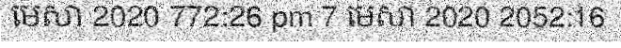
មេសា 2020 772:26 pm 7 មេសា 2020 2052:16